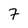
Character: 7